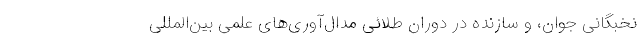
نخبگانی جوان، و سازنده در دوران طلائی مدال‌آوری‌های علمی بین‌المللی